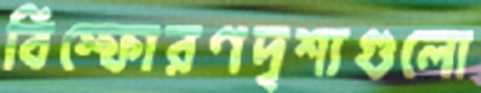
বিস্ফোরণদৃশ্যগুলো